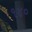
૧૪૦